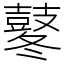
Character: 鼕